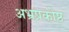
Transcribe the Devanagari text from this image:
अभ्रप्रकोष्ठ